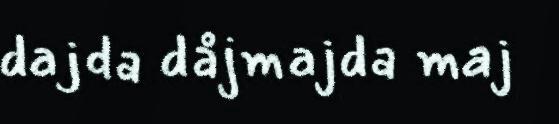
dajda dåjmajda maj